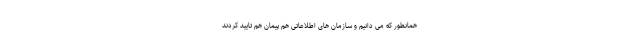
همانطور که می دانیم و سازمان های اطلاعاتی هم پیمان هم تایید کردند